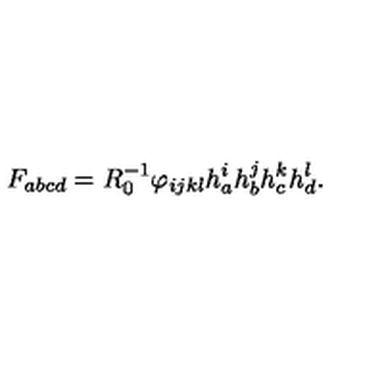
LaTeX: F _ { a b c d } = R _ { 0 } ^ { - 1 } \varphi _ { i j k l } h _ { a } ^ { i } h _ { b } ^ { j } h _ { c } ^ { k } h _ { d } ^ { l } .